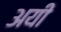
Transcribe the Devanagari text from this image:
अयीं